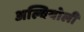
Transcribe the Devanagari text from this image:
अल्वियोली